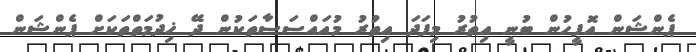
ޕެންޝަން އޮފީހުން ބުނީ އިތުރު މިފަދަ އިތުރު މުއައްސަސާތަކުން ދޭ ޚިދުމަތްތަކަށް ޕެންޝަން